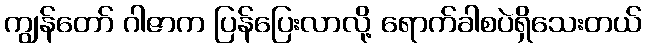
ကျွန်တော် ဂါဇာက ပြန်ပြေးလာလို့ ရောက်ခါစပဲရှိသေးတယ်